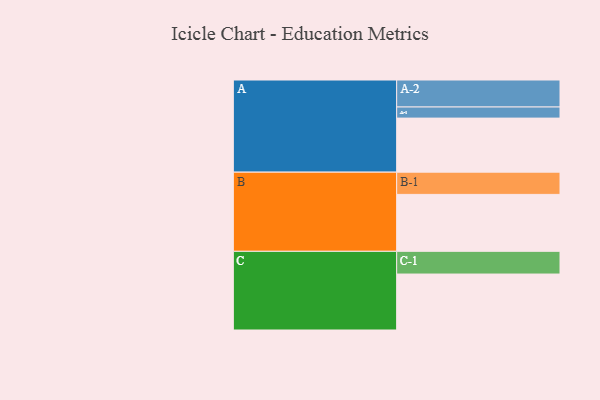
{"axis": {"x": "Segment", "y": "Value"}, "legend": ["", "A", "B", "C"], "data": [{"x": "A", "y": 569, "type": ""}, {"x": "B", "y": 599, "type": ""}, {"x": "C", "y": 589, "type": ""}, {"x": "A-1", "y": 117, "type": "A"}, {"x": "A-2", "y": 284, "type": "A"}, {"x": "B-1", "y": 234, "type": "B"}, {"x": "C-1", "y": 239, "type": "C"}]}